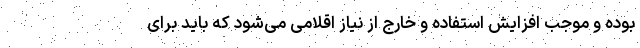
بوده و موجب افزایش استفاده و خارج از نیاز اقلامی می‌شود که باید برای